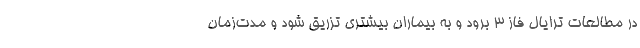
در مطالعات ترایال فاز ۳ برود و به بیماران بیشتری تزریق شود و مدت‌زمان